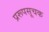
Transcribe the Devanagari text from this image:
प्ररूपसूचक